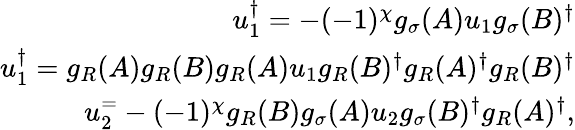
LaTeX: \begin{array}{r}{u_{1}^{\dagger}=-(-1)^{\chi}g_{\sigma}(A)u_{1}g_{\sigma}(B)^{\dagger}}\\ {u_{1}^{\dagger}=g_{R}(A)g_{R}(B)g_{R}(A)u_{1}g_{R}(B)^{\dagger}g_{R}(A)^{\dagger}g_{R}(B)^{\dagger}}\\ {u_{2}^{=}-(-1)^{\chi}g_{R}(B)g_{\sigma}(A)u_{2}g_{\sigma}(B)^{\dagger}g_{R}(A)^{\dagger},}\end{array}